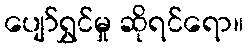
ပျော်ရွှင်မှု ဆိုရင်ရော။